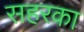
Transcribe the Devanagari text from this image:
सहरका